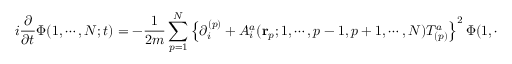
i \frac { \partial } { \partial t } \Phi ( 1 , \cdots , N ; t ) = - \frac { 1 } { 2 m } \sum _ { p = 1 } ^ { N } \left\{ \partial _ { i } ^ { ( p ) } + { \cal A } _ { i } ^ { a } ( { \bf r } _ { p } ; 1 , \cdots , p - 1 , p + 1 , \cdots , N ) T _ { ( p ) } ^ { a } \right\} ^ { 2 } \Phi ( 1 , \cdots , N ; t ) .